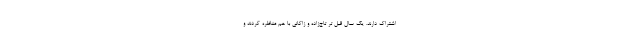
اشتراک دارند. یک سال قبل تر تاج‌زاده و زاکانی با هم مناظره کردند و